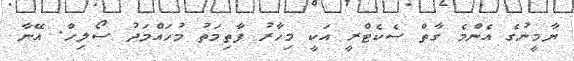
ޔާމީނުގެ އެންމެ ގާތް ސެކެޓްރީ އަކީ މިހާރު ފާތިމަތު މުހައްމަދު ސޯލިހް. އޭނާ